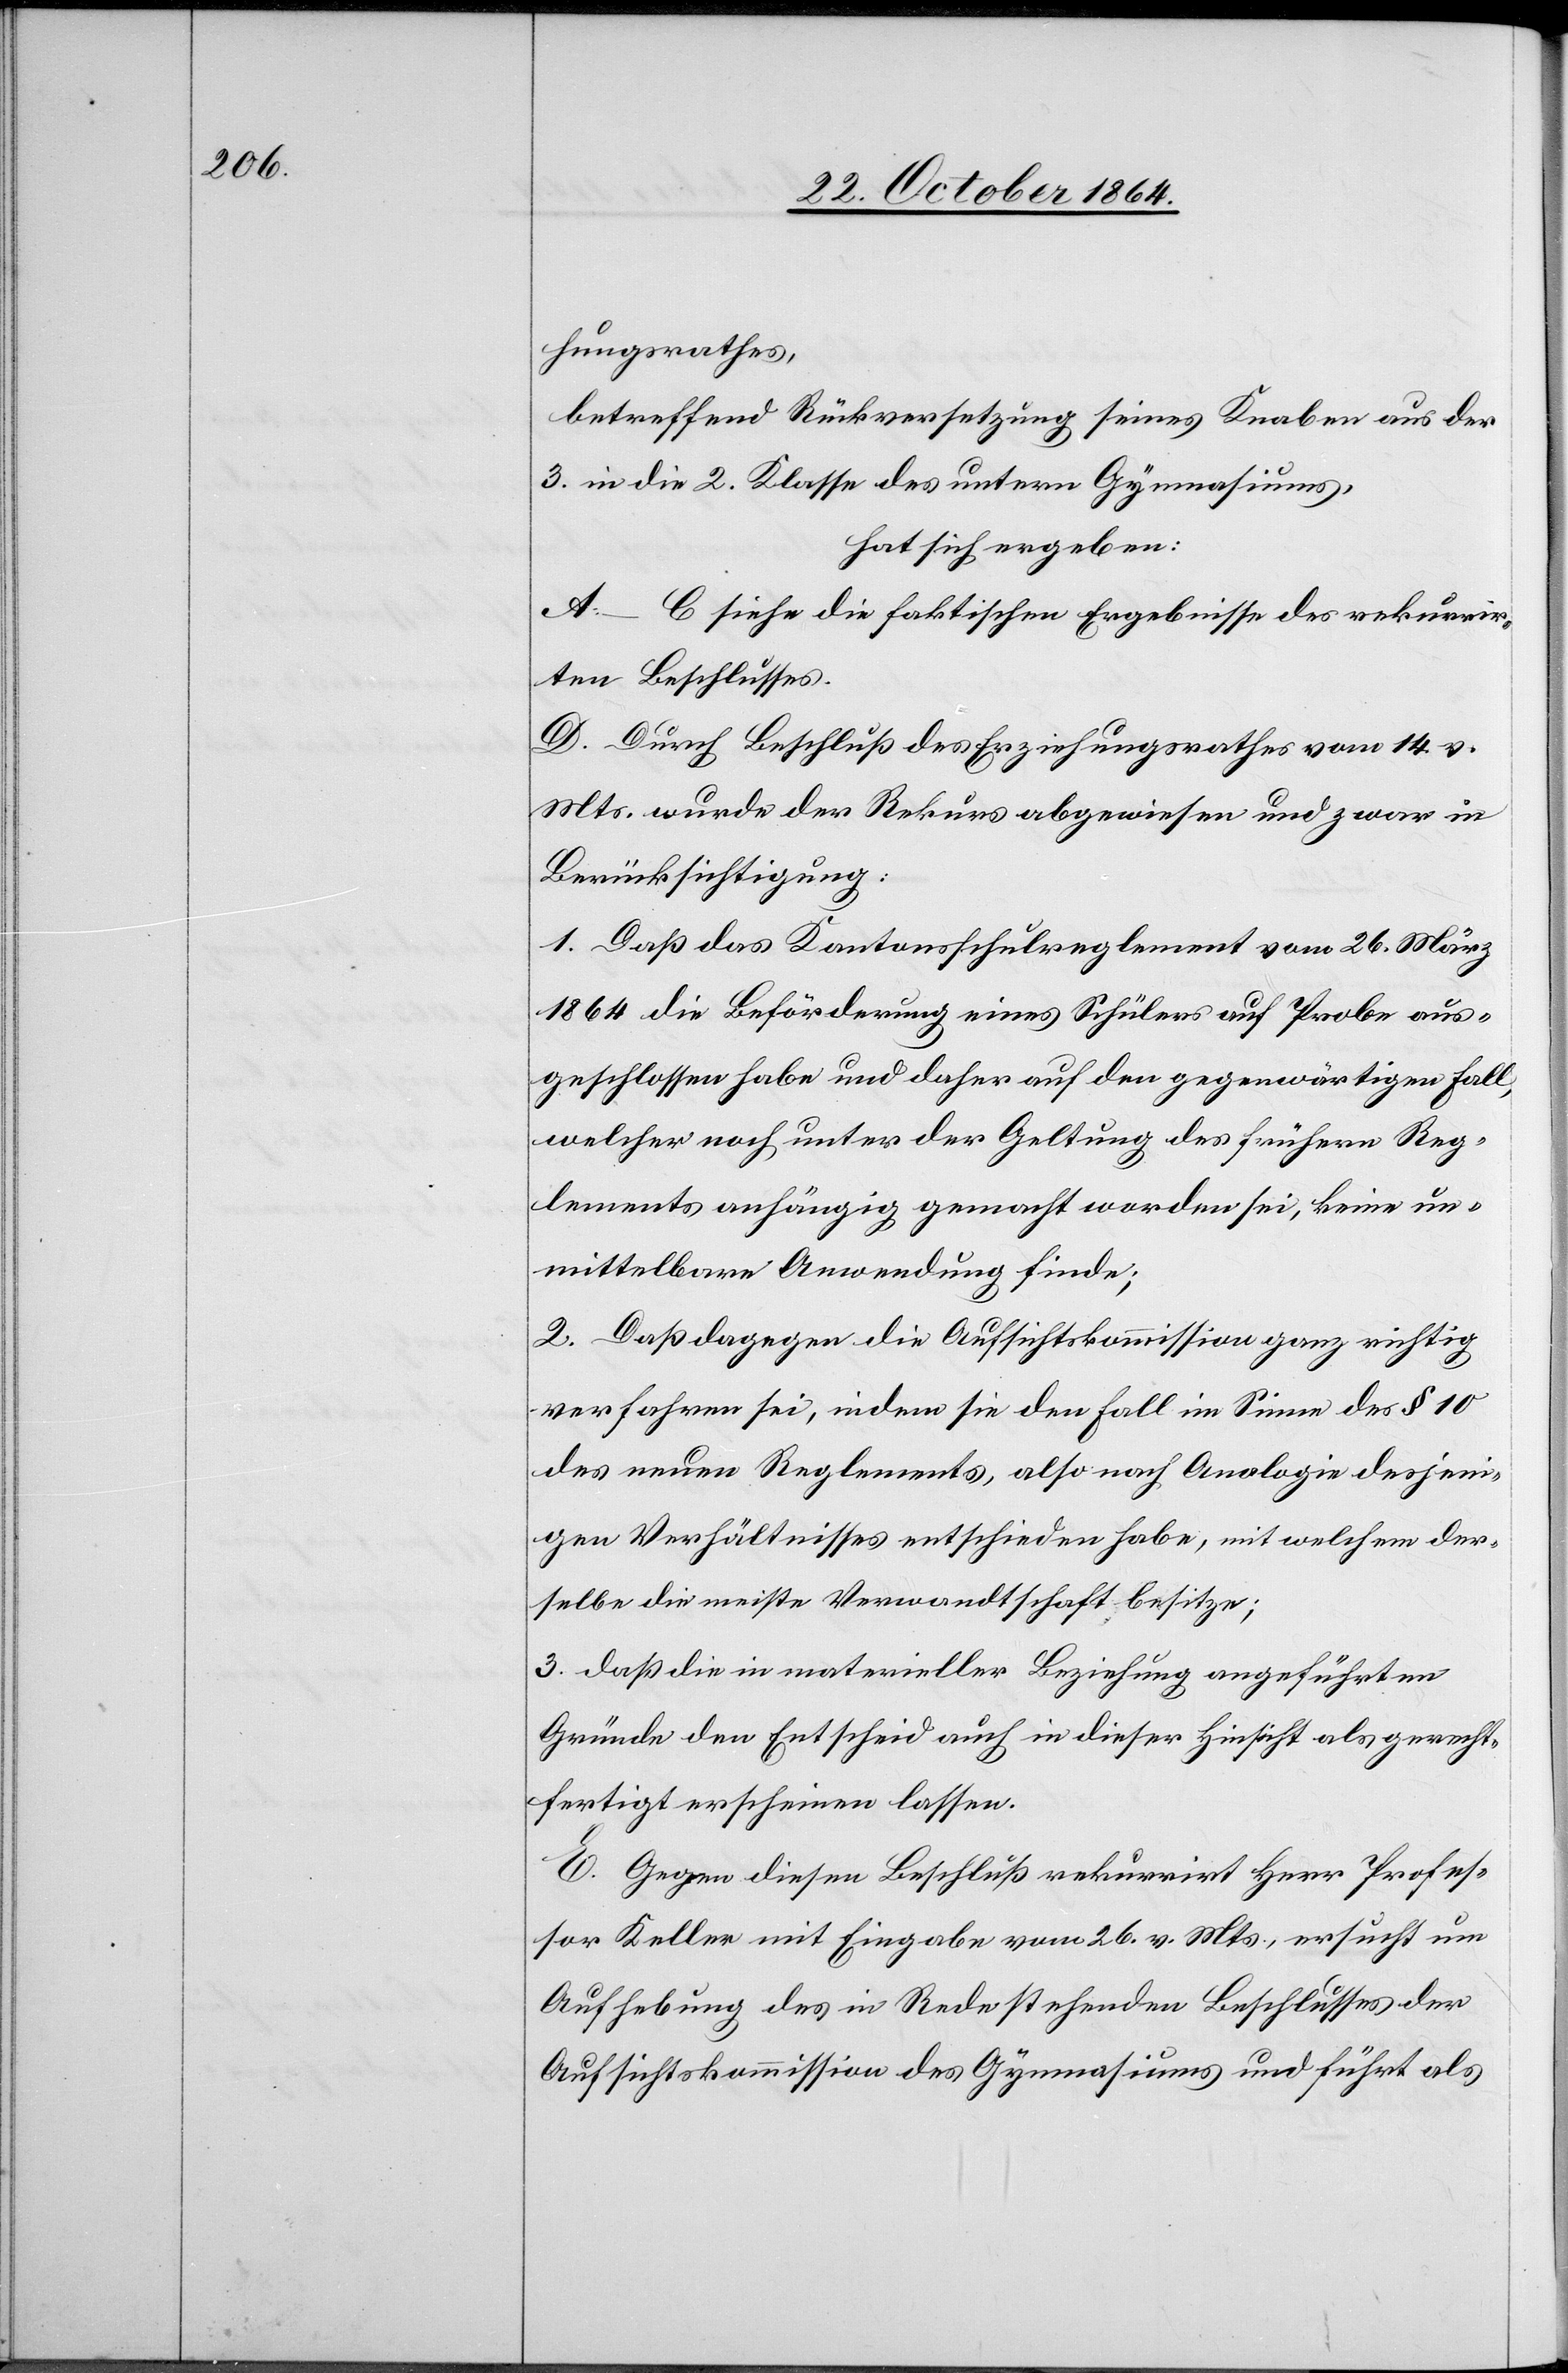
hungsrathes,
betreffend Rückversetzung seines Knaben aus der
3. in die 2. Klasse des untern Gymnasiums,
hat sich ergeben:
A.–C. siehe die faktischen Ergebnisse des rekurrir¬
ten Beschlusses.
D. Durch Beschluß des Erziehungsrathes vom 14. v.
Mts. wurde der Rekurs abgewiesen und zwar in
Berücksichtigung:
1. Daß das Kantonsschulreglement vom 26. März
1864 die Beförderung eines Schülers auf Probe aus¬
geschlossen habe und daher auf den gegenwärtigen Fall,
welcher noch unter der Geltung des frühern Reg¬
lements anhängig gemacht worden sei, keine un¬
mittelbare Anwendung finde;
2. Daß dagegen die Aufsichtskommission ganz richtig
verfahren sei, indem sie den Fall im Sinne des § 10
des neuen Reglements, also nach Analogie desjeni¬
gen Verhältnisses entschieden habe, mit welchem der¬
selbe die meiste Verwandtschaft besitze;
3. Daß die in materieller Beziehung angeführten
Gründe den Entscheid auch in dieser Hinsicht als gerecht¬
fertigt erscheinen lassen.
E. Gegen diesen Beschluß rekurrirt Herr Profes¬
sor Keller mit Eingabe vom 26. v. Mts., ersucht um
Aufhebung des in Rede stehenden Beschlusses der
Aufsichtskommission des Gymnasiums und führt als